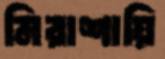
মিরাশায়ি